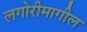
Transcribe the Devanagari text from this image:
लगोरीमागील